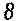
8